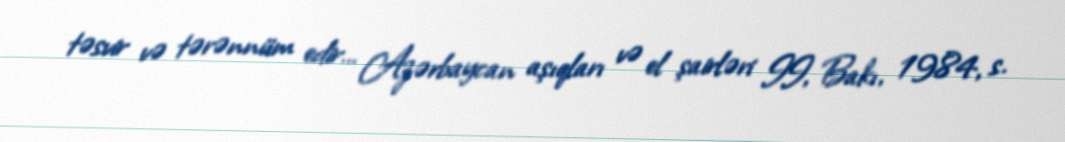
təsvir və tərənnüm edir… Azərbaycan aşıqları və el şairləri II, Bakı, 1984, s.